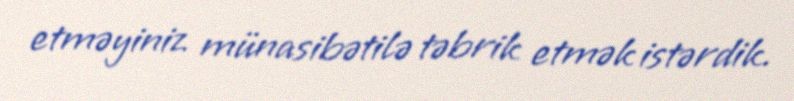
etməyiniz münasibətilə təbrik etmək istərdik.